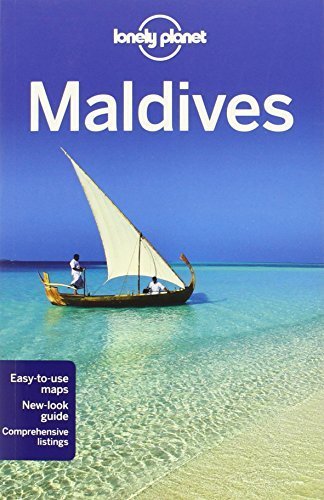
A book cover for Lonely Planet Maldives (Travel Guide) 8th edition by Lonely Planet, Masters, Tom (2012) Paperback; Masters, Tom Lonely Planet; Travel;